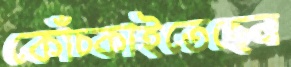
কোঁচ্‌কাইতেছেন